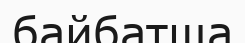
байбатша